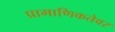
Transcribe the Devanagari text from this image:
प्रामाणिकतेवर